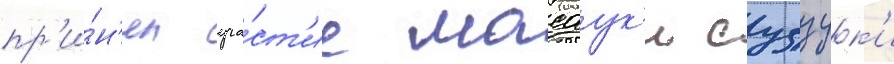
пр'и́н'ял уча́ст'ие масаук'и судзук'и